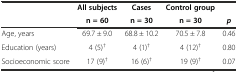
|  | All subjects | Cases | Control group |  |
 |  | n = 60 | n = 30 | n = 30 | p |
 | --- | --- | --- | --- | --- |
 | Age, years | 69.7 ± 9.0 | 68.8 ± 10.2 | 70.5 ± 7.8 | 0.46 |
 | Education (years) | 4 (5)† | 4 (1)† | 4 (12)† | 0.80 |
 | Socioeconomic score | 17 (9)† | 16 (6)† | 19 (9)† | 0.07 |